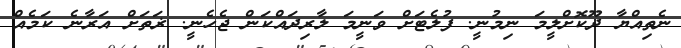
ނެތިއްޔާ ދޫކޮށްލީމަ ނިމުނީ. ފުލެޓަށް ވަނީމަ ލާރިދައްކަން ޖެހެނީ. ޜަތަށް އަރާނެ ކަމެއް